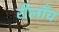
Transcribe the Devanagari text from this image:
रीलाँच